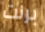
برنت